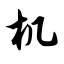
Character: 机